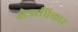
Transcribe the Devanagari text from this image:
क्ष्‍ोत्राधिकार